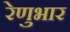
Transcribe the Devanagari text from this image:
रेणुभार